Vital statistics of India. Vol. VI, European troops 1870-79
Year: 1870
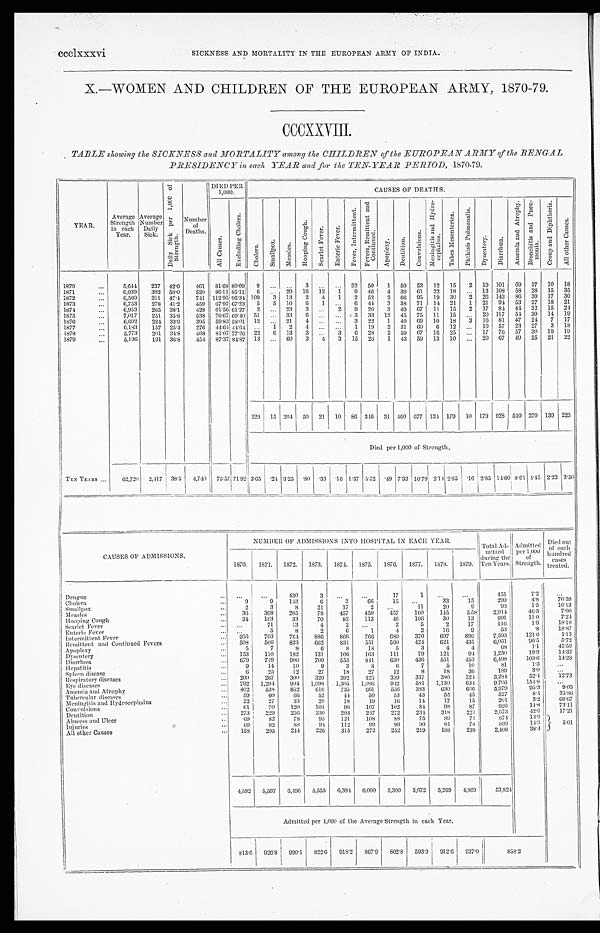
ccclxxxvi
SICKNESS AND MORTALITY IN THE EUROPEAN ARMY OF INDIA.
X.—WOMEN AND CHILDREN OF THE EUROPEAN ARMY, 1870-79.
CCCXXVIII.
TABLE showing the SICKNESS and MORTALITY among the CHILDREN of the EUROPEAN ARMY of the BENGAL
PRESIDENCY in each YEAR and for the TEN-YEAR PERIOD, 1870-79.
YEAR.
Average
Strength
in each
Year.
Average
Number
Daily
Sick.
D a i l y S i c k p e r 1 , 0 0 0 o f
S t r e n g t h .
Numbe r
of
Deaths.
DIED PER
1,000.
CAUSES OF DEATHS.
A l l C a u s e s .
E x c l u d i n g C h o l e r a .
C h o l e r a .
S m a l l p o x . M e a s l e s .
H o o p i n g C o u g h .
S c a r l e t F e v e r . E n t e r i c F e v e r .
F e v e r , I n t e r m i t t e n t . F e v e r s , R e m i t t e n t a n d
C o n t i n u e d .
A p o p l e x y .
D e n t i t i o n . C o n v u l s i o n s .
M e n i n g i t i s a n d H y d r o -
c e pha l us .
T a b l e s M e s e n t e r i c a
P h t h i s i s P u l m o n a l i s .
D y s e n t e r y .
D i a r r h œ a .
A n æ m i a a n d A t r o p h y . B r o n c h i t i s a n d P n e u -
mo n i a .
C r o u p a n d D i p h t h e r i a .
A l l o t h e r C a u s e s .
1870
...
5,644
237 42.0
461 81.68 80.09
9 ... ...
3 ... ... 32 50
1 50 53 12 15
2 19 101 69 17 10 18
1871
. . .
6,039
302 50.0
520 86.11 85.11 6 ... 29 16 12 1
9 46
4 39 61 22 18 ... 13 108 58 28 15 35
1872
. . .
6,560
311 47.4
741 112.95 96.34 109
3 13
2
4
1
2 52
2 66 95 19 30
2 26 143 86 39 17 30
1873
...
6,753
278 41.2
459 67.97 67.23 5
5 10
6
1 ...
6 44 3 38 71 14 21
1 21 94 53 27 18 21
1874
. . .
6,953
265 38.1
428 61.56 61.27 2 ... 23
3 ...
2
9 26
3 49 67 11 15
2 17 84 44 32 15 24
1875
. . .
7,017
251 35.8
538 76.67 69.40 51 ... 33
6 ... ...
3 33 12 45 75
1 1 15 ... 20 117 54 30 14 19
1876
. . .
6,602
224 33.9
395 59.83 58.01 12 ... 21
4 ...
. . . 3 22
1 40 69 10 18
3 16 81 47 24 7 17
1877
. . .
6,183
157 25.4
276 44.64 44.64 ...
1
2
4 ...
...
1 19 2 31 60
6 12
. . . 10 57 23 27
3 18
1878
. . .
5,773
201 34.8
468 81.07 77.261 22
6 13
3 ...
3
6 28 2 59 67 16 25
. . .
17 76 57 30 19 19
1879
. . .
5,196
191 36.8
454 87.37 84.87 13 ... 60
3
4
3 15 26
1 43 59 13 10
... 20 67 49 25 21 22
229 15 204 50 21 10 86 346 31 460 677 134179 10 179 928 540 279 139 223
Died per 1,000 of Strength.
TEN YEARS ...
62,720 2,417 38.5 4,740 75.57 71.92 3.65
. 2 4 3.25
. 8 0 .33 .16 1.37 5.52
. 4 9 7.33 10.79 2.142.85
. 1 6 2.85 14.80 8.61 4.45 2.22 3.56
CAUSES OF ADMISSIONS.
NUMBER OF ADMISSIONS INTO HOSPITAL IN EACH YEAR.
Total Ad-
mitted
during the
Ten Years.
Admitted
per 1,000
of
Strength.
Died out
of each
hundred
cases
treated.
1870. 1871. 1872. 1873. 1874. 1875. 1876. 1877. 1878. 1879.
Dengue
. . . ...
...
430
3
. . .
. . .
17
1
...
...
451
7.2
...
Cholera
...
9
9
143
6
3
66
15
...
33
15
299
4.8
76.59
Smallpox
. . .
2
3
8
21
17
2
. . .
11
20
9
93
1.5
16.13
Measles
...
36
368
205
78
457
450
457
160
145
558
2,914
46.5
7.00
Hooping Cough
...
34
163
33
70
83
113
46
106
30
13
691
110
7.24
Scarlet Fever
. . . ...
71
13
4
2
. . .
2
5
2
17
116
1.9
18.10
Enteric Fever
...
. . .
5
8
2
6
1
4
2
16
9
53
. 8
18.87
Intermittent Fever
. . . 956
703
764
886
866
766
689
370
697
896
7,593
121.0
1.13
Remittent and Continued Fevers
...
598
506
833
662
831
551
590
424
621
435
6,051
96.5
5.72
Apoplexy
. . .
5
7
8
6
8
18
5
3
4
4
68
1.1
45.59
Dysentery
. . . 153
110
182
131
106
163
111
79
121
94
1,250
19.9
14.32
Diarrhœa
...
679
749
906
700
553
841
630
436
551
453
6,498
1 0 3 . 6
1 4 . 2 8
Hepatitis
. . .
9
14
10
9
3
8
6
7
5
10
81
1.3
...
Spleen disease
...
6
25
12
27
18
27
12
8
18
36
189
3.0
. . .
Respiratory diseases
. . . 200
267
300
320
392
425
339
337
380
324
3,284
52.4
12.73
Eye diseases
...
792 1,204
904 1,098 1,305 1,096
942
581 1,150
634
9,706
154.8
...
Anæmia and Atrophy
...
402
538
852
616
735
661
556
383
630
606
5,979
95.3 9.03
Tubercular diseases
...
59
60
66
52
44
50
53
43
55
45
527
8.4
35.86
Meningitis and Hydrocephalus
. . .
22
27
33
20
18
19
16
14
17
15
201
3.2
66.67
Convulsions
...
61
7 0 120
101
9 6
107
102
8 4
98
87
926
1 4 . 8
7 3 . 1 1
Dentition
...
273
229
2 5 6 330
293
247
272
234
318
221
2,673
42.6
17.21
Abscess and Ulcer
...
6 9
82
78
9 3
121
1 0 8
88
75
89
71
874
13.9
5.01
Injuries
...
69
92
88
94
112
99
96
90
81
78
899
1 4 . 3
All other Causes
...
158
295
244
226
315
272
252
219
188
239
2,408
38.4
4,592 5,597 6,496 5,555 6,384 6,090 5,300 3,672 5,269 4,869
53,824
Admitted per 1,000 of the Average Strength in each Year.
813.6 926.8 990.1 822.6 918.2
867.9 802.8
593.9 912.6 937.0
8 5 8 . 2